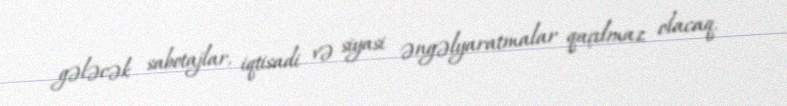
gələcək sabotajlar, iqtisadi və siyasi əngəlyaratmalar qaçılmaz olacaq.